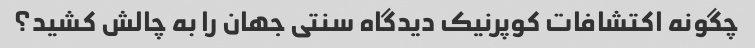
چگونه اکتشافات کوپرنیک دیدگاه سنتی جهان را به چالش کشید؟